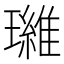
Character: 𮴷